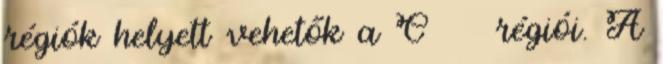
régiók helyett vehetők a C ∪ ∞ régiói. A